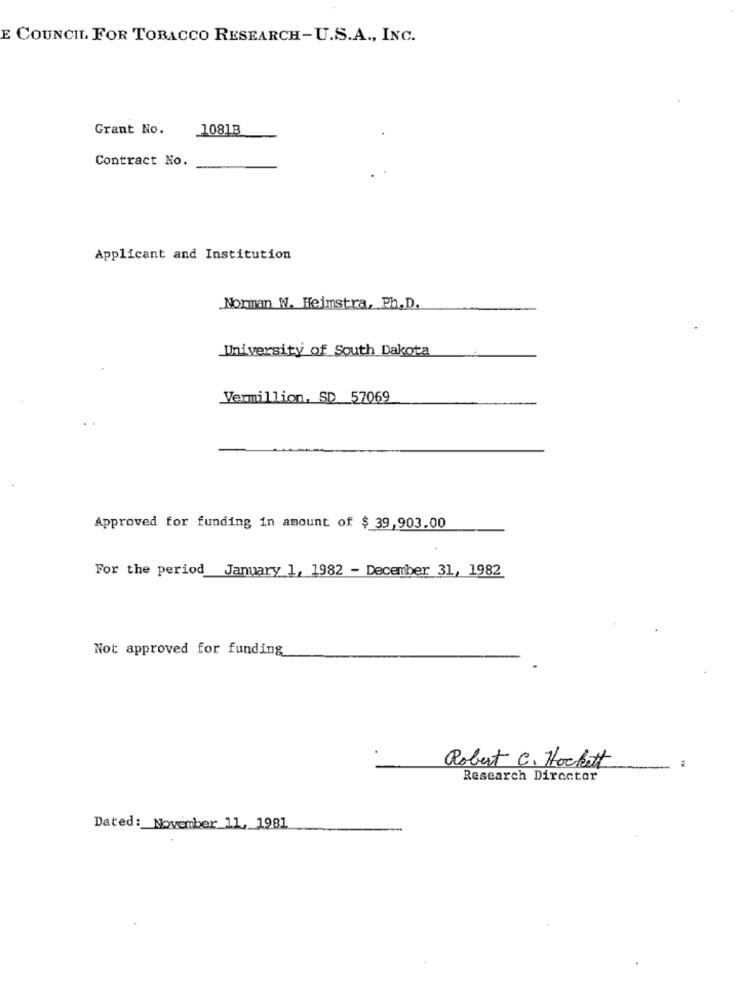
E COUNCIL FOR TOBACCO RESEARCH-U.S.A ., INC.
Grant No.
1081B
Contract No.
Applicant and Institution
Norman W. Heimstra, Ph.D.
University of South Dakota
Vermillion, SD 57069
Approved for funding in amount of $ 39,903.00
For the period_January 1, 1982 - December 31, 1982
Not approved for funding
Robert C. Hockett
Research Director
Dated: November 11, 1981